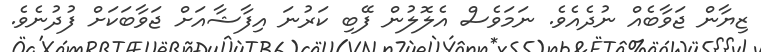
ޒިޔާން ޖަވާބެއް ނުދެއެވެ. ނަމަވެސް އެލޮލުން ފޭބި ކަރުނަ އިފާޝާއަށް ޖަވާބަކަށް ފުދުނެވެ.